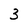
Character: 3